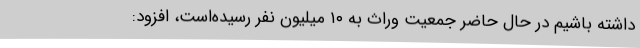
داشته باشیم در حال حاضر جمعیت وراث به ۱۰ میلیون نفر رسیده‌است، افزود: